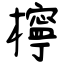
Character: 檸